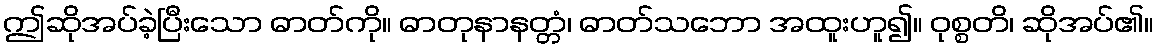
ဤဆိုအပ်ခဲ့ပြီးသော ဓာတ်ကို။ ဓာတုနာနတ္တံ၊ ဓာတ်သဘော အထူးဟူ၍။ ဝုစ္စတိ၊ ဆိုအပ်၏။